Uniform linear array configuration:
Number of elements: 24
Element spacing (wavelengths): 0.75
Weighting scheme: kaiser
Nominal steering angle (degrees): -45
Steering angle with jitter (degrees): -44.062
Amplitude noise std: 0.05
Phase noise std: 0.05

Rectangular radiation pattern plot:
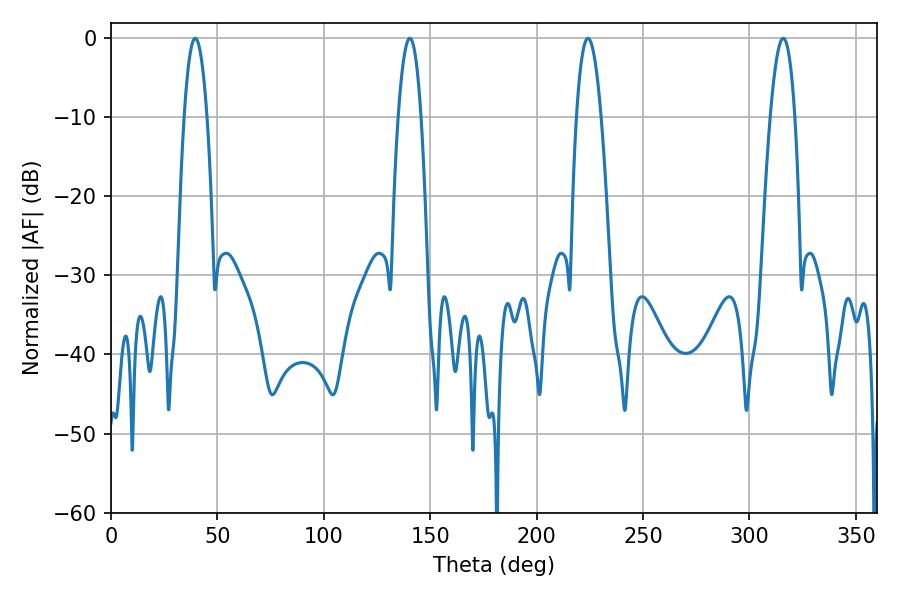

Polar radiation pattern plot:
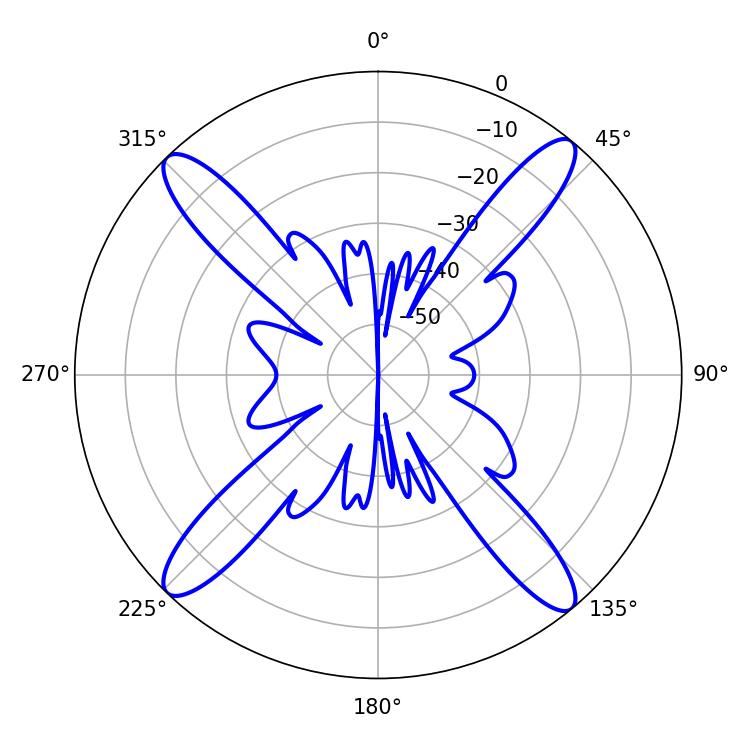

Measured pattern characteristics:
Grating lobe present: TRUE
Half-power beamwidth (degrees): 6.3
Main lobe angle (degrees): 224.1